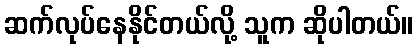
ဆက်လုပ်နေနိုင်တယ်လို့ သူက ဆိုပါတယ်။